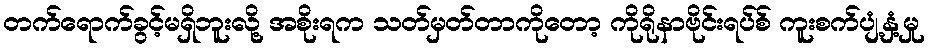
တက်ရောက်ခွင့်မရှိဘူးလို့ အစိုးရက သတ်မှတ်တာကိုတော့ ကိုရိုနာဗိုင်းရပ်စ် ကူးစက်ပျံ့နှံ့မှု